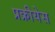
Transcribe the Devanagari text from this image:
प्रक्रीयेस